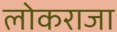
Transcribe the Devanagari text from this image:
लोकराजा